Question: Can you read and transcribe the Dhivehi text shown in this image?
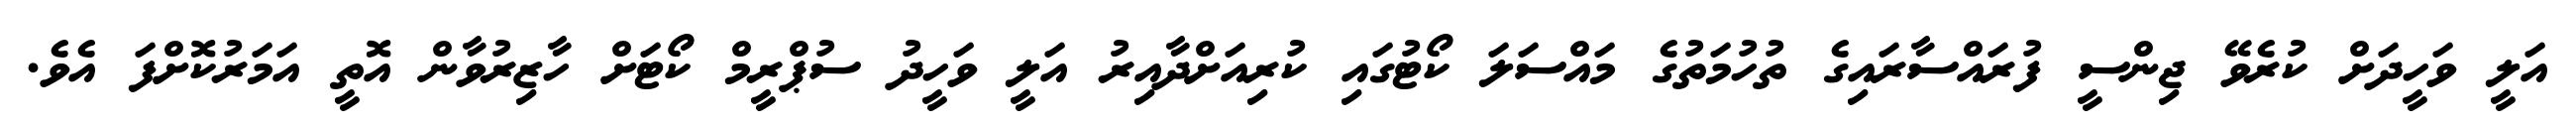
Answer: އަލީ ވަހީދަށް ކުރެވޭ ޖިންސީ ފުރައްސާރައިގެ ތުހުމަތުގެ މައްސަލަ ކޯޓުގައި ކުރިއަށްދާއިރު އަލީ ވަހީދު ސުޕްރީމް ކޯޓަށް ހާޒިރުވާން އޮތީ އަމަރުކޮށްފަ އެވެ.